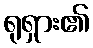
ရုရှား၏